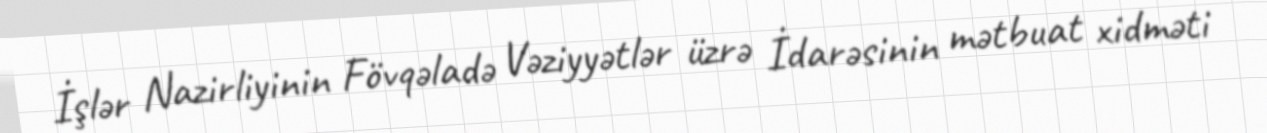
İşlər Nazirliyinin Fövqəladə Vəziyyətlər üzrə İdarəsinin mətbuat xidməti